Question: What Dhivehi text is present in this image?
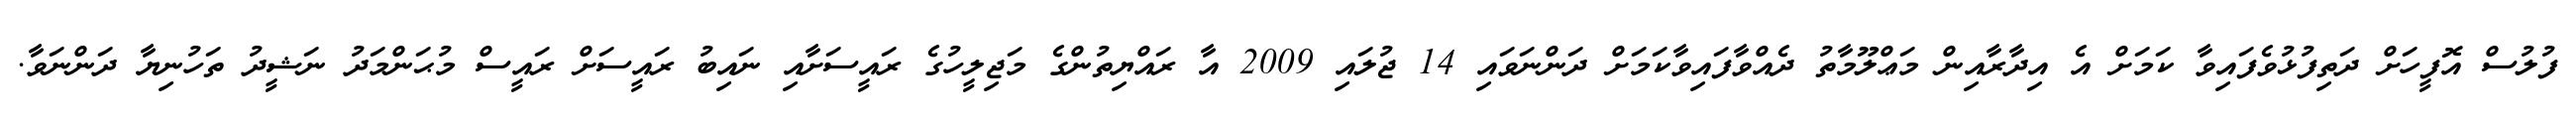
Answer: ފުލުސް އޮފީހަށް ދަތިފުޅުވެފައިވާ ކަމަށް އެ އިދާރާއިން މަޢްލޫމާތު ދެއްވާފައިވާކަމަށް ދަންނަވައި 14 ޖުލައި 2009 އާ ރައްޔިތުންގެ މަޖިލީހުގެ ރައީސަށާއި ނައިބު ރައީސަށް ރައީސް މުޙަންމަދު ނަޝީދު ތަހުނިޔާ ދަންނަވާ.